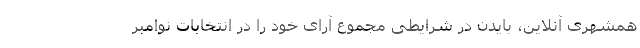
همشهری آنلاین، بایدن در شرایطی مجموع آرای خود را در انتخابات نوامبر